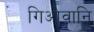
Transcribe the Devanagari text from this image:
गिओवानि